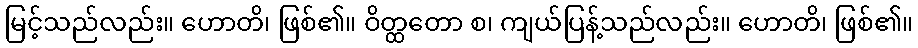
မြင့်သည်လည်း။ ဟောတိ၊ ဖြစ်၏။ ဝိတ္ထတော စ၊ ကျယ်ပြန့်သည်လည်း။ ဟောတိ၊ ဖြစ်၏။